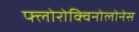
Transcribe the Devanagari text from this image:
फ्लोरोक्विनोलोनेस